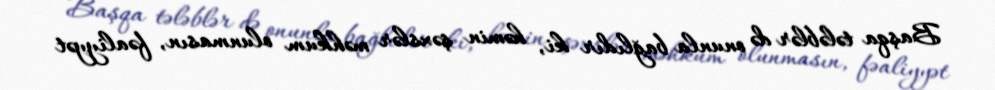
Başqa tələblər də onunla bağlıdır ki, həmin şəxslər məhkum olunmasın, fəaliyyət